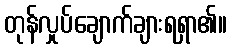
တုန်လှုပ်ချောက်ချားရရှာ၏။